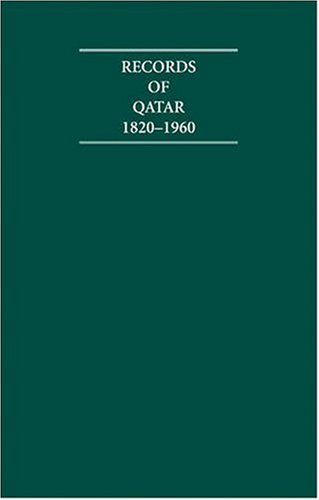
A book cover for Records of Qatar 1820-1960 8 Volume Hardback Set Including Boxed Genealogical Tables and Maps: Primary Documents (Cambridge Archive Editions); History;